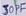
Text: 30PF